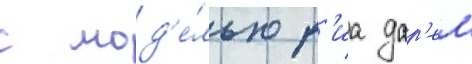
с мод'е́лью р'иа дар'ем